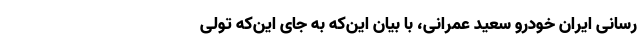
رسانی ایران خودرو سعید عمرانی، با بیان‌ این‌که به جای این‌که تولی